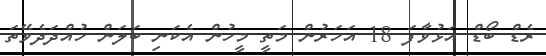
ރެޑް ބޯޑް އަޅުވާފަ 18 އަހަރުން މަތީ މީހުން އެކަނި ބަލަން ހުއްދަދެވޭތަ